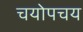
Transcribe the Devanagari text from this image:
चयोपचय